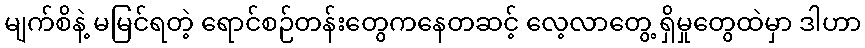
မျက်စိနဲ့ မမြင်ရတဲ့ ရောင်စဉ်တန်းတွေကနေတဆင့် လေ့လာတွေ့ ရှိမှုတွေထဲမှာ ဒါဟာ